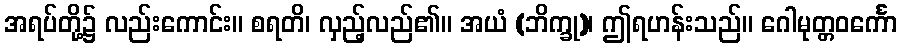
အရပ်တို့၌ လည်းကောင်း။ စရတိ၊ လှည့်လည်၏။ အယံ (ဘိက္ခု)၊ ဤရဟန်းသည်။ ဂေါမုတ္တဝင်္ကော